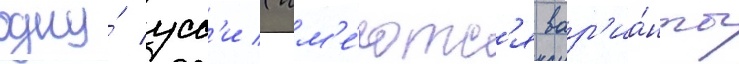
одну́ усс'и (им'е́ютс'я вар'иа́нты